Annual statistical returns and brief notes on vaccination in Bengal - 1896-1909
Year: 1896
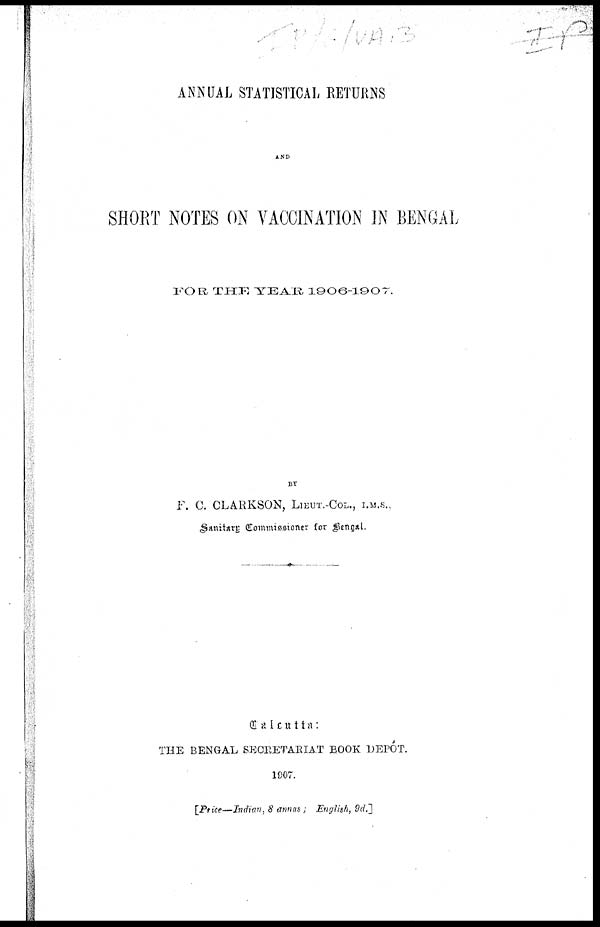
ANNUAL STATISTICAL RETURNS
AND
SHORT NOTES ON VACCINATION IN BENGAL
FOR THE YEAR 1906-1907.
BY
F. C. CLARKSON, LIEUT.-COL., I.M.S.,
Sanitary Commissioner for Bengal.
Calcutta:
THE BENGAL SECRETARIAT BOOK DEPÔT.
1907.
[Price—Indian, 8 annas; English, 9d.]